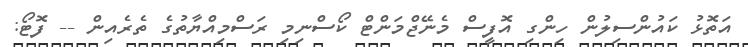
އަތޮޅު ކައުންސިލުން ހިންގި އޮފީސް މެނޭޖްމަންޓް ކޯސްނިމި ރަސްމިއްޔާތުގެ ތެރެއިން -- ފޮޓޯ: